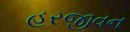
હરજીવન